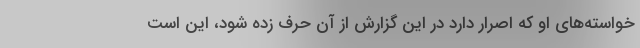
خواسته‌های او که اصرار دارد در این گزارش از آن حرف زده شود، این است